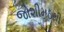
જોશીમઠથી